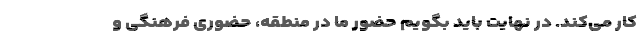
کار می‌کند. در نهایت باید بگویم حضور ما در منطقه، حضوری فرهنگی و